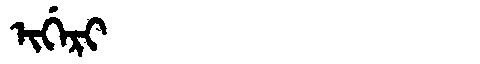
Manchu: ᡳᡤᡝᡵᡳ
Romanization: IGERI